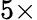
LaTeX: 5\times